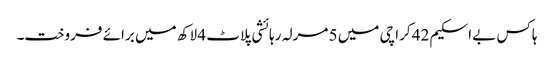
ہاکس بے اسکیم 42 کراچی میں 5 مرلہ رہائشی پلاٹ 4 لاکھ میں برائے فروخت۔